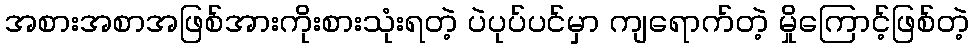
အစားအစာအဖြစ်အားကိုးစားသုံးရတဲ့ ပဲပုပ်ပင်မှာ ကျရောက်တဲ့ မှိုကြောင့်ဖြစ်တဲ့